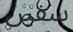
سفين